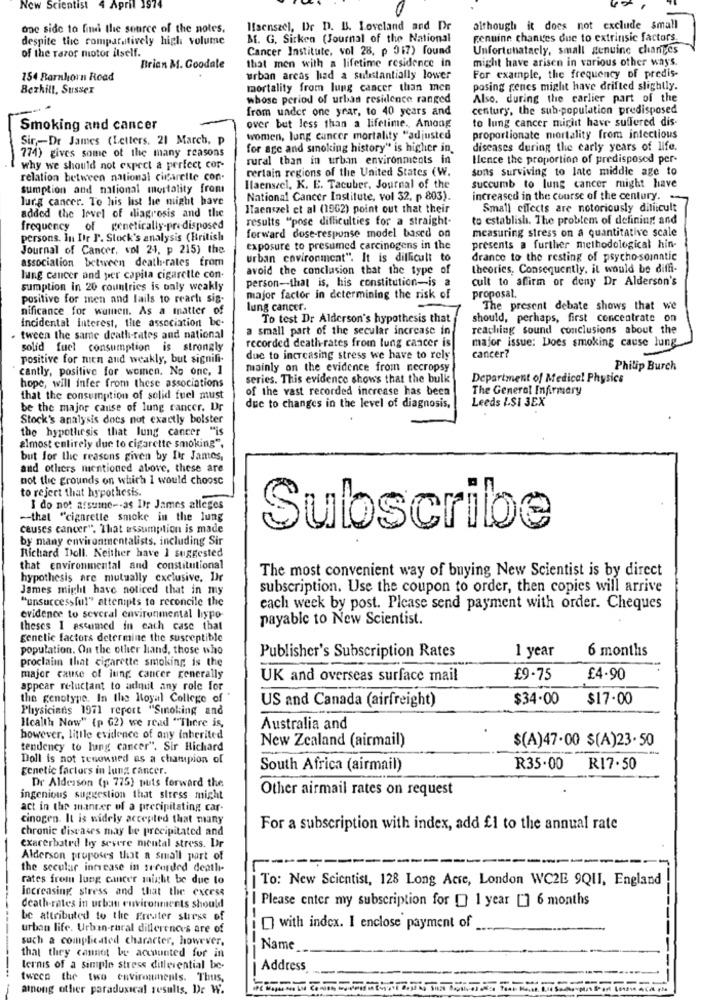
New Scientist
1974
one side to find the source of the notes.
Ifaenszel, Dr D. B. Loveland and De
although it does not exclude small
despite the comparatively high volume
B. G. Sirken (Journal of the National
genuine chantes due to extrinsic factors.
of the razor motor itself.
Cancer Institute, vol 28. p 017) found
Unfortunatacly, small genuine changes
that men with a lifetime residence in
might have arisen in various other ways.
Brian M. Goodale
154 Barnhorn Road
urban areas had a substantially lower
For example, the frequency of predis-
Bezhill, Sussex
mortality from lung cancer than men
posing genes might have drifted slightly.
whose period of urban residence ranged
Also. during the carlier part of the
from under one year, to 40 years and
century, the sub-population predisposed
to lung cancer might have suffered dis-
Smoking and cancer
over but less than a lifetime ., Among
Sir ,- Dr James (Letters, 21 March, p
women, lung cancer mortality "adjusted
proportionate mortality from infectious
774) gives some of the many reasons
for age and smoking history" is higher in
diseases during the carly years of life.
rural than in urban environments in
Hence the proportion of predisposed per-
why we should not expect a perfect cor-
certain regions of the United States (W.
sons surviving to late middle age to
relation between national cigarette con-
sumption and national mortality from
Hlaensel. K. E. Tacuber, Journal of the
succumb to lung cancer might have
lung cancer. To his list he might have
National Cancer Institute, vol 32, p 803).
increased in the course of the century.
ITaenszel et al (1962) point out that their
Small effects are notoriously diliicult
added the level of diagrosis and the
results "pose difficulties for a straight-
to establish. The problem of defining and
frequency of genetically-predisposed
forward dose-response model based on
measuring stress on a quantitative scale
persons. In Ihr J'. Stock's analysis (British
Journal of Cancer. vol 24, p 215) the
exposure to presumed carcinogens in the
presents a further methodological hin-
association between death-rates from
urban environment". It is difficult to
drance to the resting of psycho somatic
avoid the conclusion that the type of
theories, Consequently, it would be diffi-
lung cancer and per capita cigarette con-
person-that is, his constitution-is a
cult to affirm or deny Dr Alderson's
sumption in 20 countries is only weakly
positive for men and lails to reach sig-
major factor in determining the risk of
proposal.
nificance for women. As a matter of
lung cancer.
The present debate shows that we
To test Dr Alderson's hypothesis that
should, perhaps, first concentrate on
incidental Interest, the association be-
a small part of the secular increase in
reaching sound conclusions about the
. tween the same death-rates and national
recorded death-rates from lung cancer is
major issue: Does smoking cause lung
solid fuel consumption is strongly
positive for nien and weakly, but signifi-
due to increasing stress we have to rely
cancer?
cantly, positive for women. No one, 1
mainly on the evidence from necropsy
Philip Burch
series. This evidence shows that the bulk
Department of Medical Physics
hope, will infer from these associations
of the vast recorded increase has been
The General Infirmary
that the consumption of solid fuel must
Leeds ISI 3EX
be the major cause of lung cancer. Dr
due to changes in the level of diagnosis,
Stock's analysis does not exactly bolster
the hypothesis that lung cancer "is
almost entirely due to cigarette smoking".
but for the reasons given by Itr James,
and others mentioned above, these are
not the grounds on which I would choose
to reject that hypothesis.
I do not assume -- as Ir James alleges
-that "cigarette smoke in the lung
causes cancer". That assumption is made
Subscribe
by many environmentalists, including Sir
Richard Doll. Neither have I suggested
that environmental and constitutional
The most convenient way of buying New Scientist is by direct
hypothesis are mutually exclusive, Dir
James might have noticed that in my
subscription. Use the coupon to order, then copies will arrive
"unsuccessful" attenipts to reconcile the
each week by post. Please send payment with order. Cheques
evidence to several environmental hypo-
payable to New Scientist.
theses I estamed in each case that
genetic factors determine the susceptible
population. On the other hand, those who
1 year
6 months
proclaim that cigarette smoking is the
Publisher's Subscription Rates
major cause of lung cancer generally
UK and overseas surface mail
£9.75
£4.90
appear reluctant to admit any role for
the genotype. In the Royal College of'
US and Canada (airfreight)
$34.00
$17.00
Physicians 1971 report "Smoking and
Health Now" (p G2) we read "There is,
Australia and
however, little evidence of any inherited
New Zealand (airmail)
$(A)47.00 $(A)23.50
tendency to lung cancer". Sir Richard
Doll is not renowned as a champion of
genetic factors in lung cancer.
South Africa (airmail)
R35.00
R17.50
Dr Alderson (p. 775) puts forward the
Other airmail rates on request
ingenious suggestion that stress might
act in the manter of a precipitating car-
cinogen. It is widely accepted that many
chronic diseases may be precipitated and
For a subscription with index, add £1 to the annual rate
exacerbated by severe mental stress. Dr
Alderson proposes that a small part of
the secular increase in seconded death-
rates from lung cancer might be due to
To: New Scientist, 128 Long Acre, London WC2E 9Q11, England
increasing stress and that the exCess
| Please enter my subscription for [] 1 year ["] 6 months
death-rates in urban environments should
be attributed to the greater stress of
urban life. Urban-rural differences are of
with index. I enclose payment of
such a complicated character, however,
Name
that they cannot be accounted for in
ternis of a simple stress ditlevential be-
Address
tween the two environments. Thus,
among other paradoxical results, De W.